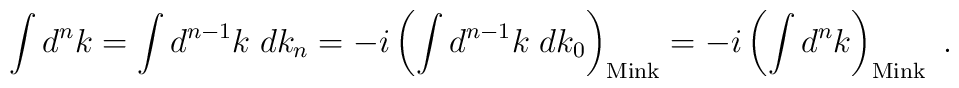
\int d^nk = \int d^{n-1}k\; dk_n              = -i\left(\int d^{n-1}k\; dk_0 \right)_{\mathrm{Mink}}              = -i\left(\int d^nk \right)_{\mathrm{Mink}} \ .